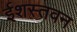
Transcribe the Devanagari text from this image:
ईशस्तवन